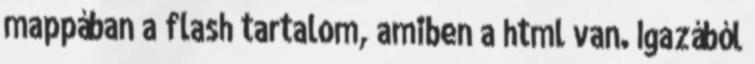
mappában a flash tartalom, amiben a html van. Igazából